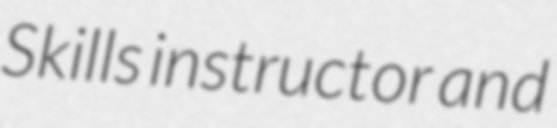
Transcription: Skills instructor and